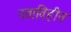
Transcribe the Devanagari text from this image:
पत्ताविहीन